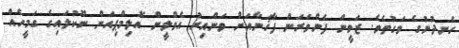
ހެނދުނުގެ ވަގުތެވެ. ޒަވީން ފެންވަރަން ފާޚަނާއަށް ވަންއިރު އެވްލީން އޮލިމްޕިއަން ނޫކުލައިގެ ގަމީހެއް